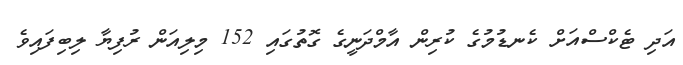
އަދި ޓެކްސްއަށް ކެނޑުމުގެ ކުރިން އާމްދަނީގެ ގޮތުގައި 152 މިލިއަން ރުފިޔާ ލިބިފައިވެ